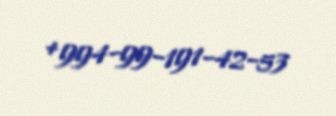
+994-99-191-42-53